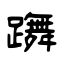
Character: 躌